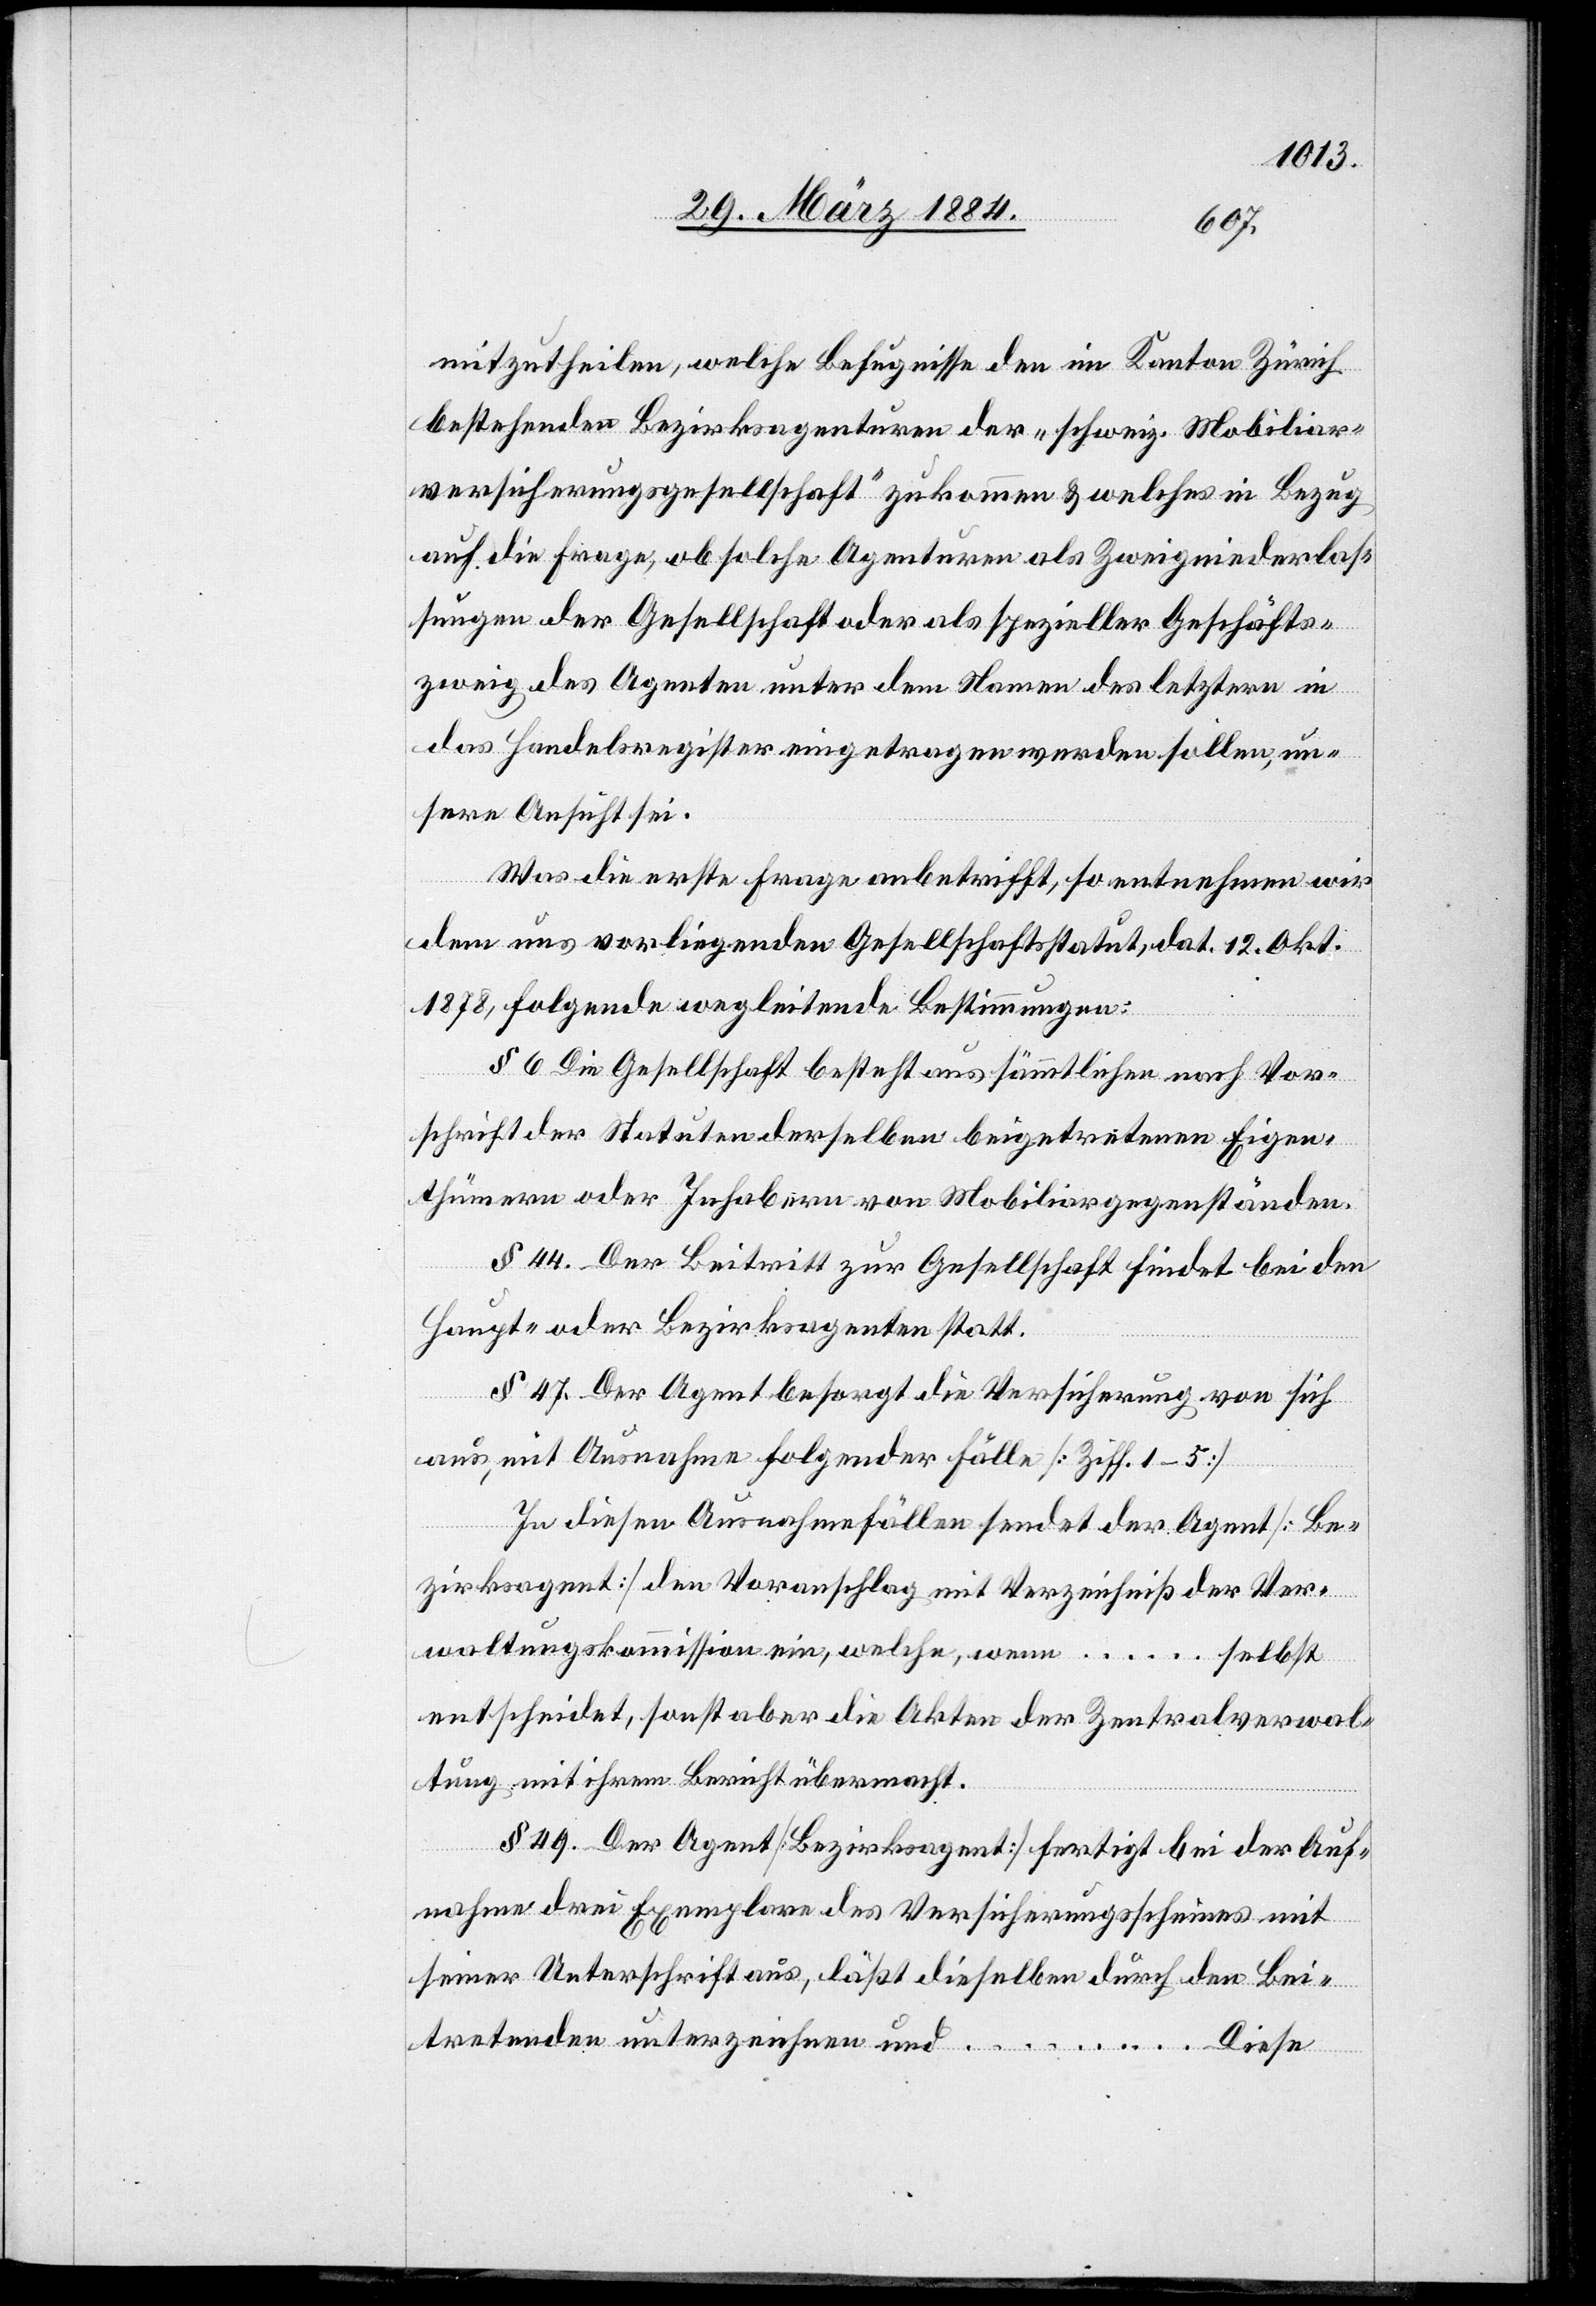
mitzutheilen, welche Befugnisse den im Kanton Zürich
bestehenden Bezirksagenten der „schweiz. Mobiliar¬
versicherungsgesellschaft“ zukommen & welches in Bezug
auf die Frage, ob solche Agenturen als Zweigniederlas¬
sungen der Gesellschaft oder als spezieller Geschäfts¬
zweig des Agenten unter dem Namen des letztern in
das Handelsregister eingetragen werden sollen, un¬
sere Ansicht sei.
Was die erste Frage anbetrifft, so entnehmen wir
den uns vorliegenden Gesellschaftsstatuten, dat. 12. Okt.
1878 folgende wegleitenden Bestimmungen:
§ 6. Die Gesellschaft besteht aus sämmtlichen nach Vor¬
schrift der Statuten derselben beigetretenen Eigen¬
thümern oder Inhaber von Mobiliargegenständen.
§ 44. Der Beitritt zur Gesellschaft findet bei den
Haupt- oder Bezirksagenten statt.
§ 47. Der Agent besorgt die Versicherung von sich
aus, mit Ausnahme folgender Fälle [Ziff. 1–5].
In diesen Ausnahmefällen sendet der Agent [Be¬
zirksagent] den Voranschlag mit Verzeichniß der Ver¬
waltungskommission ein, welche wenn… selbst
entscheidet, sonst aber die Akten der Zentralverwal¬
tung mit ihrem Bericht übermacht.
§ 49. Der Agent [Bezirksagent] fertigt bei der Auf¬
nahme drei Exemplare des Versicherungsscheines mit
seiner Unterschrift aus, läßt dieselben durch den Bei¬
tretenden unterzeichnen und…
Diese